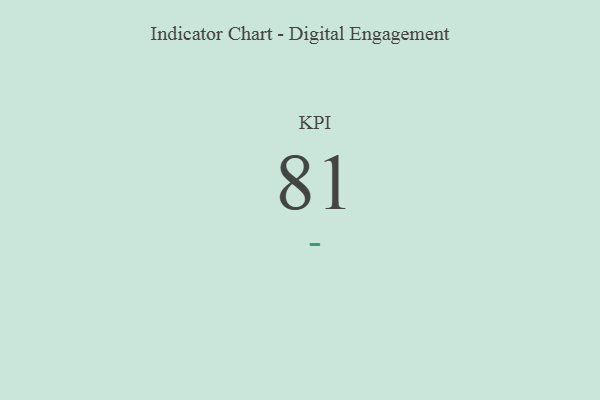
{"axis": {"x": "KPI", "y": "Value"}, "legend": [""], "data": [{"x": "KPI", "y": 81, "type": ""}]}